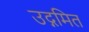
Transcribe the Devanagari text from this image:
उद्गमित